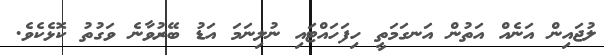
ލުޖައިން އަނެއް އަތުން އަނގަމަތީ ހިފަހައްޓައި ނުލިނަމަ އަޑު ބޭރުވާނެ ވަގުތު ކޮޅެކެވެ.